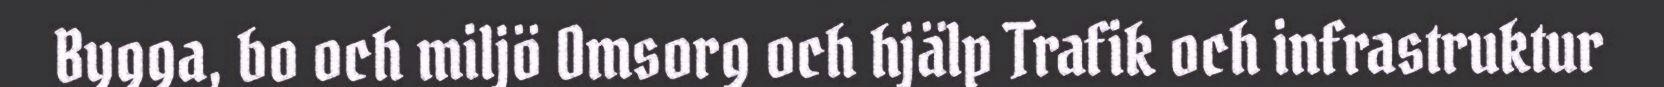
Bygga, bo och miljö Omsorg och hjälp Trafik och infrastruktur